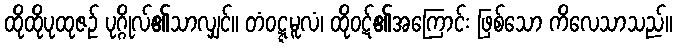
ထိုထိုပုထုဇဉ် ပုဂ္ဂိုလ်၏သာလျှင်။ တံဝဋ္ဋမူလံ၊ ထိုဝဋ်၏အကြောင်း ဖြစ်သော ကိလေသာသည်။